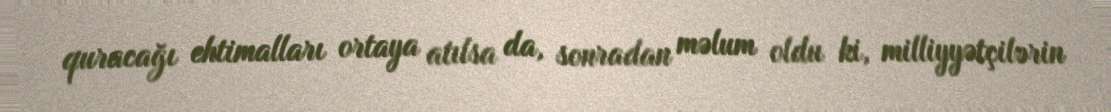
quracağı ehtimalları ortaya atılsa da, sonradan məlum oldu ki, milliyyətçilərin